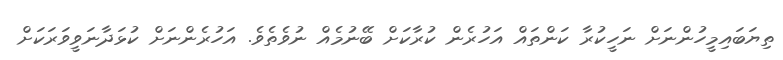
ތިޔަބައިމީހުންނަށް ނަހީކުރާ ކަންތައް އަހުރެން ކުރާކަށް ބޭނުމެއް ނުވެތެވެ. އަހުރެންނަށް ކުޅަދާނަވީވަރަކަށް